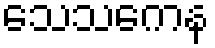
သေသကေန